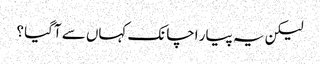
لیکن یہ پیار اچانک کہاں سے آگیا ؟